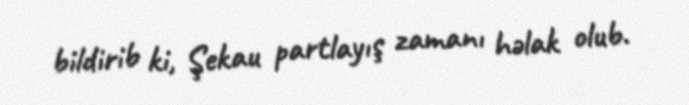
bildirib ki, Şekau partlayış zamanı həlak olub.